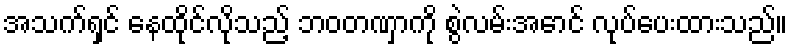
အသက်ရှင် နေထိုင်လိုသည့် ဘဝတဏှာကို စွဲလမ်းအောင် လုပ်ပေးထားသည်။